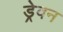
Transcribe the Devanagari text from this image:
ड्रेवन